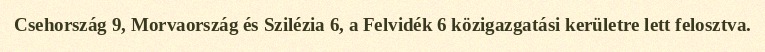
Csehország 9, Morvaország és Szilézia 6, a Felvidék 6 közigazgatási kerületre lett felosztva.